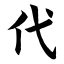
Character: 代